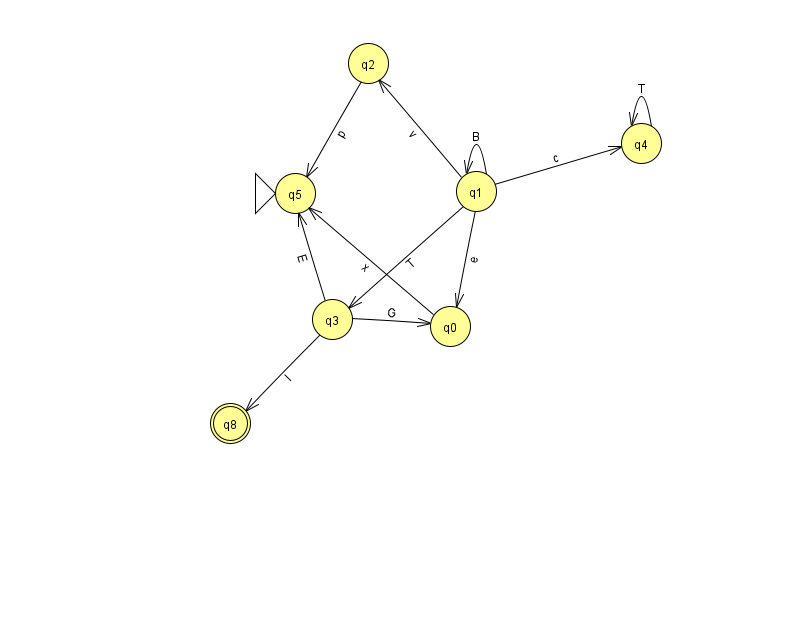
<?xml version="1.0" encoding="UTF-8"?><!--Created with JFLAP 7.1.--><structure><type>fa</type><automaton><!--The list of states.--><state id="0" name="q0"><x>450.0</x><y>313.0</y></state><state id="1" name="q1"><x>476.0</x><y>178.0</y></state><state id="2" name="q2"><x>368.0</x><y>50.0</y></state><state id="3" name="q3"><x>332.0</x><y>306.0</y></state><state id="4" name="q4"><x>641.0</x><y>130.0</y></state><state id="5" name="q5"><x>295.0</x><y>180.0</y><initial/></state><state id="8" name="q8"><x>230.0</x><y>410.0</y><final/></state><!--The list of transitions.--><transition><from>0</from><to>5</to><read>x</read></transition><transition><from>3</from><to>8</to><read>l</read></transition><transition><from>1</from><to>1</to><read>B</read></transition><transition><from>1</from><to>3</to><read>T</read></transition><transition><from>3</from><to>5</to><read>E</read></transition><transition><from>4</from><to>4</to><read>T</read></transition><transition><from>3</from><to>0</to><read>G</read></transition><transition><from>1</from><to>4</to><read>c</read></transition><transition><from>2</from><to>5</to><read>p</read></transition><transition><from>1</from><to>0</to><read>e</read></transition><transition><from>1</from><to>2</to><read>v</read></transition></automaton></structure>